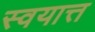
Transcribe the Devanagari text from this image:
स्वयात्त